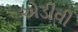
એડીવી